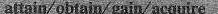
aftain/obtain/ gain/acquire